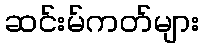
ဆင်းမ်ကတ်များ